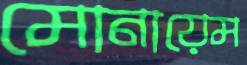
মোনায়েম